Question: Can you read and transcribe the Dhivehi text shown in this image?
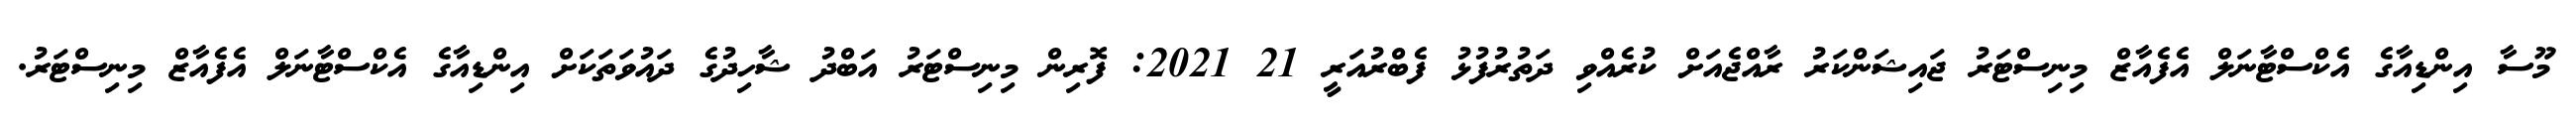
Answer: މޫސާ އިންޑިއާގެ އެކްސްޓާނަލް އެފެއާޒް މިނިސްޓަރު ޖައިޝަންކަރު ރާއްޖެއަށް ކުރެއްވި ދަތުރުފުޅު ފެބްރުއަރީ 21 2021: ފޮރިން މިނިސްޓަރު އަބްދު ޝާހިދުގެ ދައުވަތަކަށް އިންޑިއާގެ އެކްސްޓާނަލް އެފެއާޒް މިނިސްޓަރު.